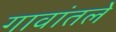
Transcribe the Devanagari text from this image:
गावांतले